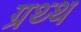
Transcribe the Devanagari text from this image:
ग्रथ्थ